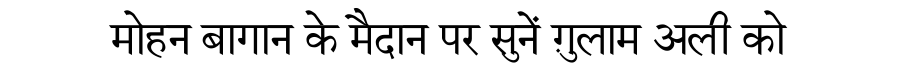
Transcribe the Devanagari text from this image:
मोहन बागान के मैदान पर सुनें ग़ुलाम अली को